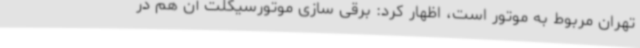
تهران مربوط به موتور است، اظهار کرد: برقی سازی موتورسیکلت آن هم در